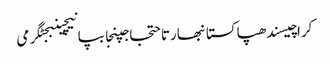
کراچیسندھپاکستانبھارتاحتجاجپنجابپانیچینبجٹگرمی